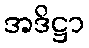
အဒိဋ္ဌာ